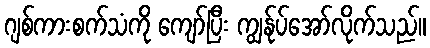
ဂျစ်ကားစက်သံကို ကျော်ပြီး ကျွန်ုပ်အော်လိုက်သည်။